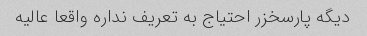
دیگه پارسخزر احتیاج به تعریف نداره واقعا عالیه